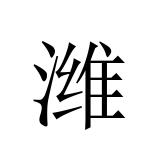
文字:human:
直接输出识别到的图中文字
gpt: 潍